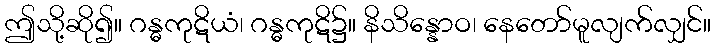
ဤသို့ဆို၍။ ဂန္ဓကုဋိယံ၊ ဂန္ဓကုဋိ၌။ နိသိန္နောဝ၊ နေတော်မူလျက်လျှင်။